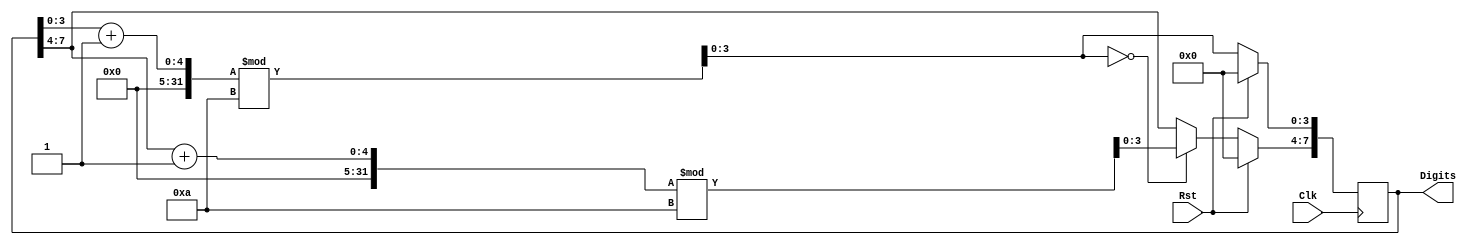
`timescale 1ns/1ps

//  Counter 0-99 syncronous Reset

module Counter_1Digit(Digits, Clk, Rst);
	
	output reg [7:0]Digits='b0;
	input Clk, Rst;

always@(posedge Clk)
begin
	if (Rst) Digits = 'b0;

	else begin
		Digits[3:0] = (Digits[3:0] + 1)%10;
		if(Digits[3:0] == 0) Digits[7:4] = (Digits[7:4] + 1)%10; 
	end
end

endmodule

module Counter_1Digit_tb();

	wire [7:0]Digits;
	reg Clk, Rst;

Counter_1Digit c0(Digits, Clk, Rst);
	
initial 
begin
	Rst = 'b1;
	Clk = 0;
	Rst = #7 'b0;


end

always #2 Clk = !Clk;

endmodule